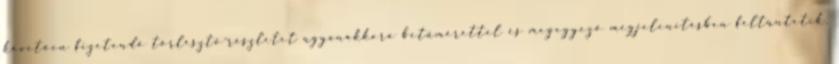
követően fizetendő törlesztő-részletet ugyanakkora betűmérettel és megegyező megjelenítésben feltüntetik,